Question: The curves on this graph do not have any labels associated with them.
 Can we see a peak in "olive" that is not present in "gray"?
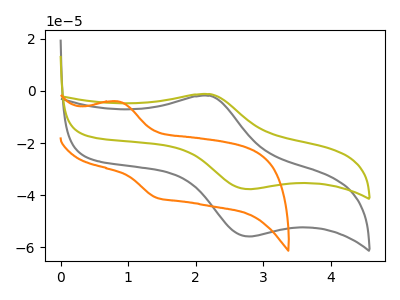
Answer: <think>The gray curve "gray" has an anodic peak at (2.20V, -1.90uA) and a cathodic peak at (2.80V, -55.80uA). The olive curve "olive" has an anodic peak at (2.20V, -1.30uA) and a cathodic peak at (2.80V, -37.65uA). The orange curve "orange" has an anodic peak at (0.85V, -4.10uA) and a cathodic peak at (1.40V, -40.95uA).
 All the peaks in "olive" have a peak in "gray" at the same potential.</think>
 <answer>No, "olive" and "gray" don't appear to be significantly different in shape</answer>
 <eval>no_change</eval>